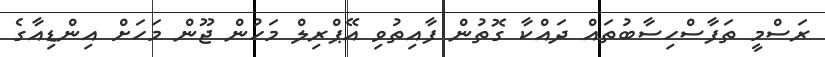
ރަސްމީ ތަފާސްހިސާބުތައް ދައްކާ ގޮތުން ފާއިތުވި އޭޕްރިލް މަހުން ޖޫން މަހަށް އިންޑިއާގެ